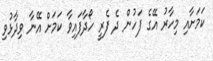
ކަމަށާއި މިހާރު އޭގެ ފަހުން ދެ ފެރީ ހޯދާފައިވާ ކަމަށް އޭނާ ވިދާޅުވި